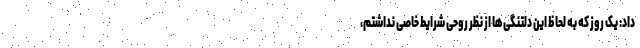
داد: یک روز که به لحاظ این دلتنگی‌ها از نظر روحی شرایط خاصی نداشتم،